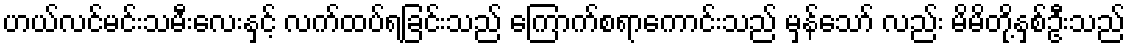
ဟယ်လင်မင်းသမီးလေးနှင့် လက်ထပ်ရခြင်းသည် ကြောက်စရာကောင်းသည် မှန်သော် လည်း မိမိတို့နှစ်ဦးသည်